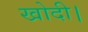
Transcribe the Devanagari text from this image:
खोदी।